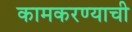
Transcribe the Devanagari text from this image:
कामकरण्याची